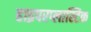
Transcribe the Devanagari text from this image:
हाइपरप्लास्टिक